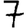
Digit: 7